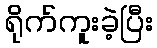
ရိုက်ကူးခဲ့ပြီး